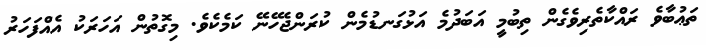
ތަޢުބާވެ ރައްކާތެރިވެގެން ތިބުމީ އަބަދުމެ އަޅުގަނޑުމެން ކުރަންޖެހޭނޭ ކަމެކެވެ. މިގޮތުން އަހަރަކު އެއްފަހަރު